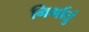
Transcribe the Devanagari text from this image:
निर्मातुं